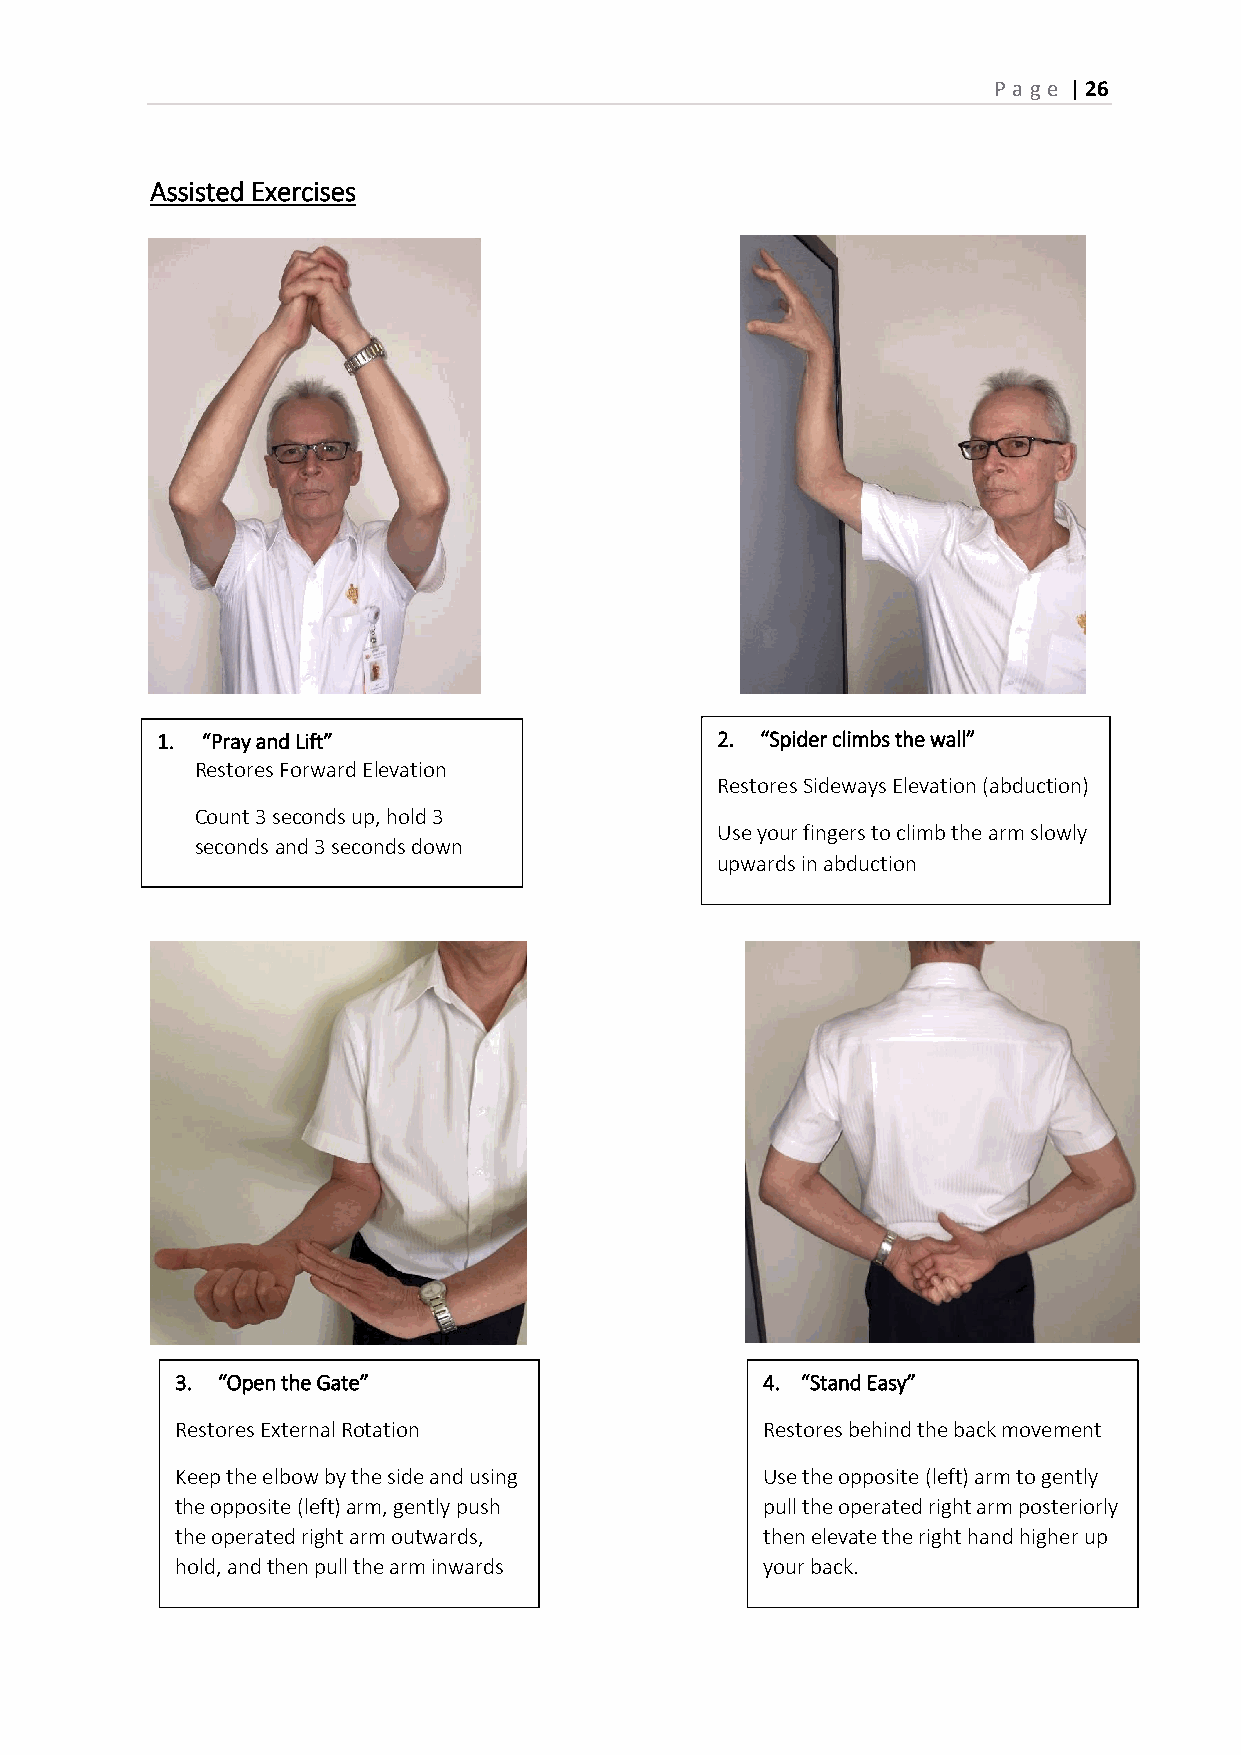
P age | 26
 Assisted Exercises
 1. “Pray and Lift”                   2. “Spider climbs the wall”
 Restores Forward Elevation
 Restores Sideways Elevation (abduction)
 Count 3 seconds up, hold 3
 Use your fingers to climb the arm slowly
 seconds and 3 seconds down
 upwards in abduction
 3. “Open the Gate”                    4. “Stand Easy”
 Restores External Rotation            Restores behind the back movement
 Keep the elbow by the side and using  Use the opposite (left) arm to gently
 the opposite (left) arm, gently push  pull the operated right arm posteriorly
 the operated right arm outwards,      then elevate the right hand higher up
 hold, and then pull the arm inwards   your back.